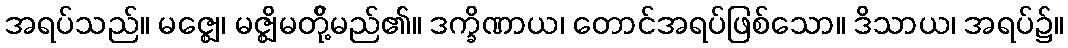
အရပ်သည်။ မဇ္ဈေ၊ မဇ္ဈိမတို့်မည်၏။ ဒက္ခိဏာယ၊ တောင်အရပ်ဖြစ်သော။ ဒိသာယ၊ အရပ်၌။